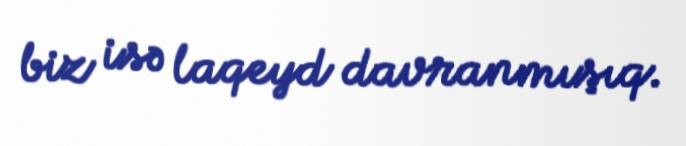
biz isə laqeyd davranmışıq.